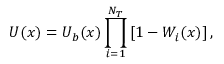
U ( \boldsymbol { x } ) = U _ { b } ( \boldsymbol { x } ) \prod _ { i = 1 } ^ { N _ { T } } \left[ 1 - W _ { i } ( \boldsymbol { x } ) \right] ,